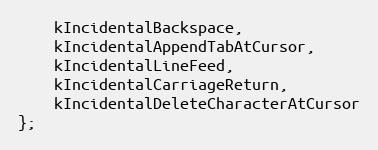
Language: C
    kIncidentalBackspace,
    kIncidentalAppendTabAtCursor,
    kIncidentalLineFeed,
    kIncidentalCarriageReturn,
    kIncidentalDeleteCharacterAtCursor
};